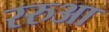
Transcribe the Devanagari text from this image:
ररुआ